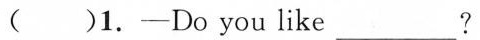
( )1.-Do you like ___?